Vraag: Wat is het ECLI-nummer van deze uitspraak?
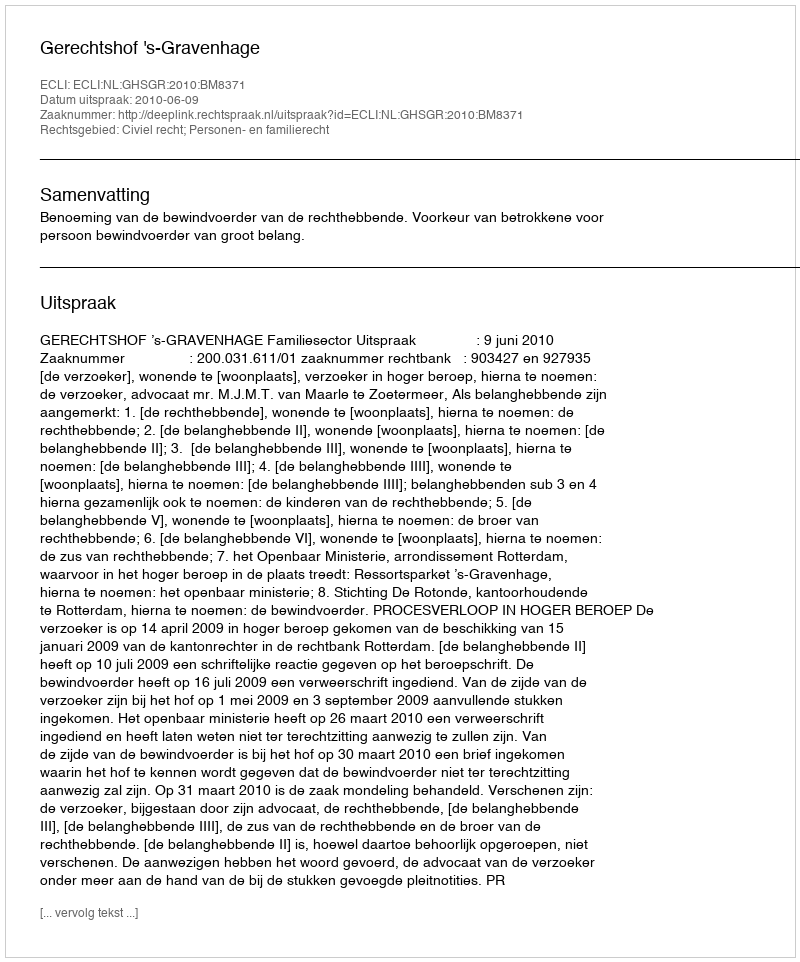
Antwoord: ECLI:NL:GHSGR:2010:BM8371